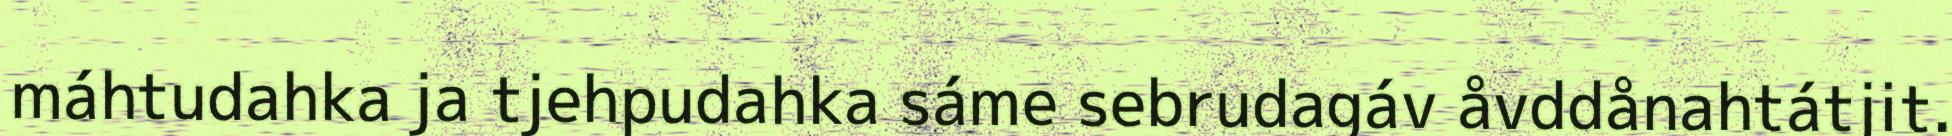
máhtudahka ja tjehpudahka sáme sebrudagáv åvddånahtátjit.